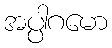
အပ္ပါဂမော